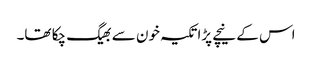
اس کے نیچے پڑا تکیہ خون سے بھیگ چکا تھا۔